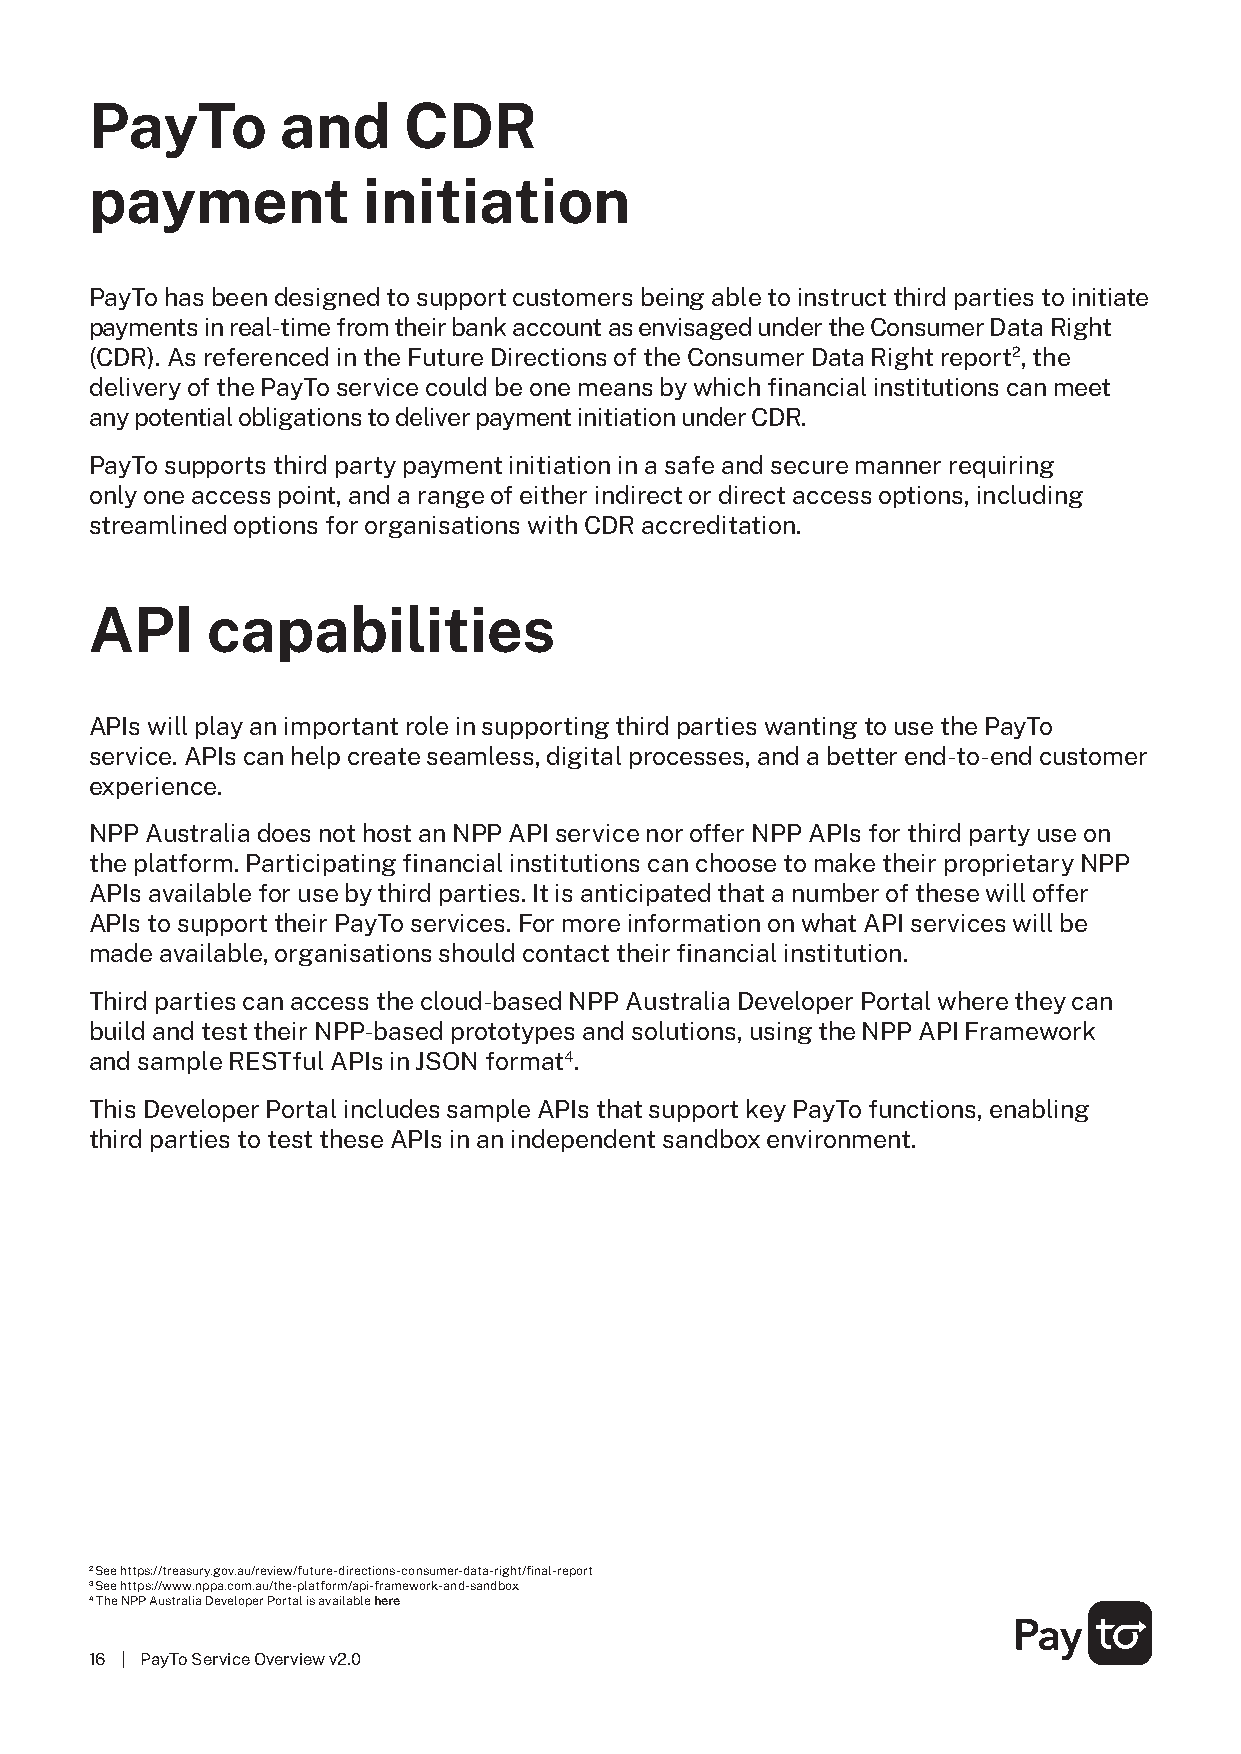
PayTo        and     CDR
 payment           initiation
 PayTo has been designed to support customers being able to instruct third parties to initiate
 payments in real-time from their bank account as envisaged under the Consumer Data Right
 (CDR). As referenced in the Future Directions of the Consumer Data Right report2, the
 delivery of the PayTo service could be one means by which financial institutions can meet
 any potential obligations to deliver payment initiation under CDR.
 PayTo supports third party payment initiation in a safe and secure manner requiring
 only one access point, and a range of either indirect or direct access options, including
 streamlined options for organisations with CDR accreditation.
 API     capabilities
 APIs will play an important role in supporting third parties wanting to use the PayTo
 service. APIs can help create seamless, digital processes, and a better end-to-end customer
 experience.
 NPP Australia does not host an NPP API service nor offer NPP APIs for third party use on
 the platform. Participating financial institutions can choose to make their proprietary NPP
 APIs available for use by third parties. It is anticipated that a number of these will offer
 APIs to support their PayTo services. For more information on what API services will be
 made available, organisations should contact their financial institution.
 Third parties can access the cloud-based NPP Australia Developer Portal where they can
 build and test their NPP-based prototypes and solutions, using the NPP API Framework
 and sample RESTful APIs in JSON format4.
 This Developer Portal includes sample APIs that support key PayTo functions, enabling
 third parties to test these APIs in an independent sandbox environment.
 2 See https://treasury.gov.au/review/future-directions-consumer-data-right/final-report
 3 See https://www.nppa.com.au/the-platform/api-framework-and-sandbox
 4 The NPP Australia Developer Portal is available here
 16 | PayTo Service Overview v2.0